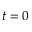
t = 0